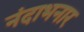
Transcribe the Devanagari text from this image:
नंदाभनार